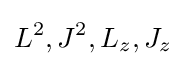
L^{2},J^{2},L_{z},J_{z}